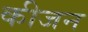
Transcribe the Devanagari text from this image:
कीजन